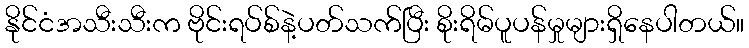
နိုင်ငံအသီးသီးက ဗိုင်းရပ်စ်နဲ့ပတ်သက်ပြီး စိုးရိမ်ပူပန်မှုများရှိနေပါတယ်။